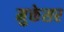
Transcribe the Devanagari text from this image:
मुक्तेसर